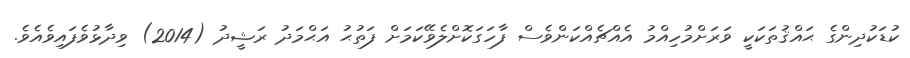
ކުޑަކުދިންގެ ޙައްޤުތަކަކީ ވަރަށްމުހިއްމު އެއްޗެއްކަންވެސް ފާހަގަކޮށްލެވޭކަމަށް ފަތުޙު އަޙްމަދު ރަޝީދު (2014) ވިދާޅުވެފައިވެއެވެ.